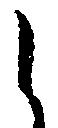
候